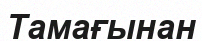
Тамағынан